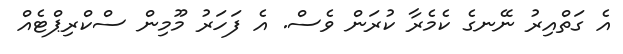
އެ ގަތްއިރު ނޭނގެ ކެމެރާ ކުރަން ވެސް. އެ ފަހަރު މޫމިން ސްކްރިޕްޓެއް